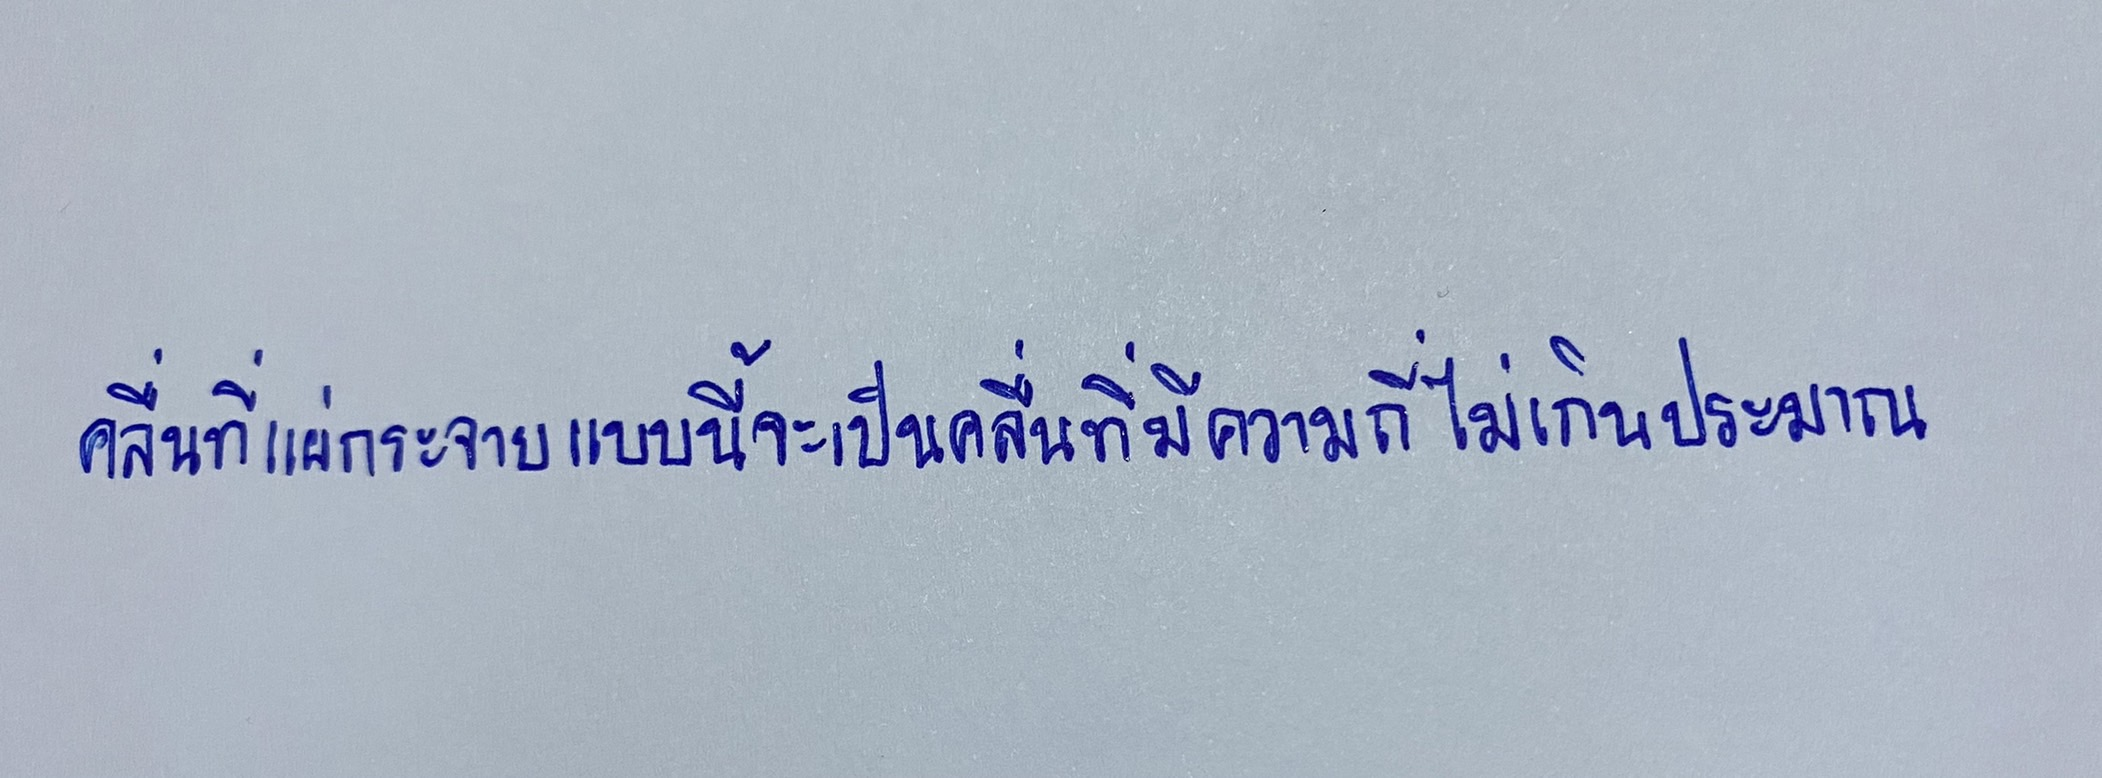
คลื่นที่แผ่กระจายแบบนี้จะเป็นคลื่นที่มีความถี่ไม่เกินประมาณ